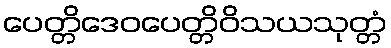
ပေတ္တိဒေဝပေတ္တိဝိသယသုတ္တံ